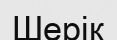
Шерік